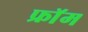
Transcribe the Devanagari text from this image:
फ्राॅम